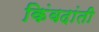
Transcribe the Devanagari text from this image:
किंवदांती